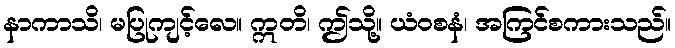
နာကာသိ၊ မပြုကျင့်လေ။ ဣတိ၊ ဤသို့။ ယံဝစနံ၊ အကြင်စကားသည်။